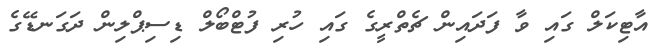
އާޓިކަލް ގައި ވާ ފަދައިން ޗެތްރީގެ ގައި ހުރި ފުޓްބޯލް ޑިސިޕްލިން ދަގަނޑޭގެ